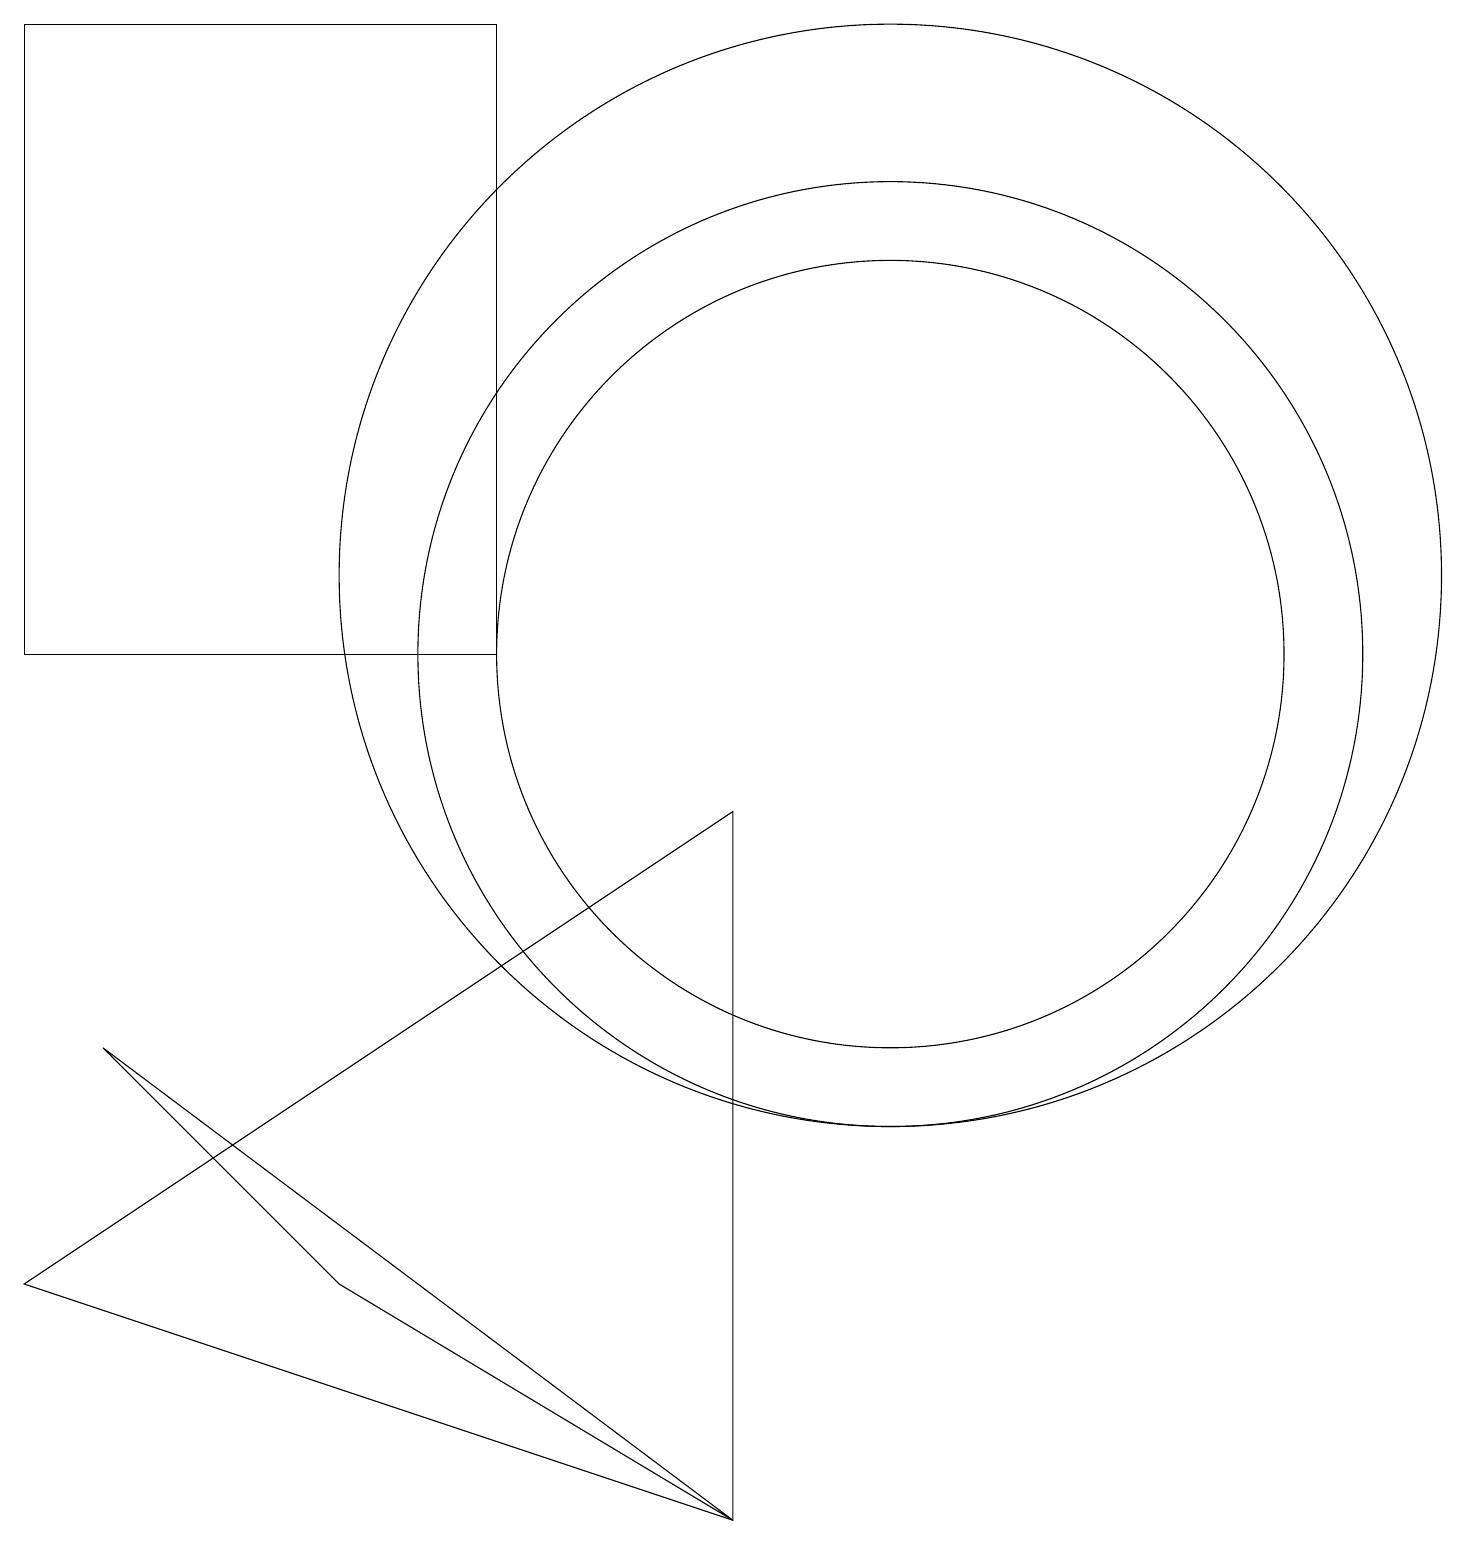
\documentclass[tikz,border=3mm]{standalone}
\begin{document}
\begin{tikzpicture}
\draw (1,6) -- (4,3) -- (9,0) -- cycle;
\draw (11,11) circle (6);
\draw (11,12) circle (7);
\draw (0,3) -- (9,9) -- (9,0) -- cycle;
\draw (6,19) rectangle (0,11);
\draw (11,11) circle (5);
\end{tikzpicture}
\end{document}